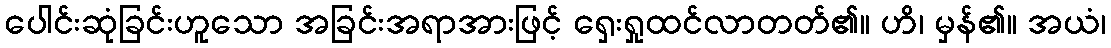
ပေါင်းဆုံခြင်းဟူသော အခြင်းအရာအားဖြင့် ရှေးရှုထင်လာတတ်၏။ ဟိ၊ မှန်၏။ အယံ၊